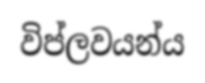
විප්ලවයන්ය